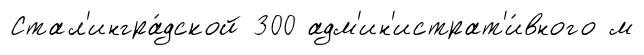
Стал'ингра́дской 300 адм'ин'истрат'и́вного м